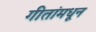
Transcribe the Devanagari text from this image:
गीतांमधून